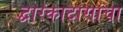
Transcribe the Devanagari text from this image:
द्वारकादासांचा